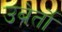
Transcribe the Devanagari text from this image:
उबेर्तो